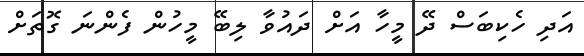
އަދި ހެކިބަސް ދޭ މީހާ އަށް ދައުވާ ލިބޭ މީހުން ފެންނަ ގޮތަށް